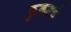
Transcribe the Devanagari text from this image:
फुकटचे